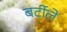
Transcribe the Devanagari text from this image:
बर्टीले